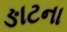
ઙાટના